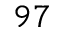
9 7